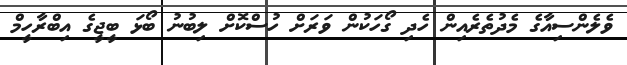
ވެލެންސިއާގެ މެދުތެރެއިން ހެދި ގޯހަކުން ވަރަށް ހުސްކޮށް ލިބުނު ބޯޅަ ބީޖީގެ އިބްރާހީމް